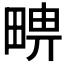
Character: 𤲦